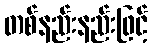
တစ်နည်းနည်းဖြင့်